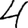
Digit: 4